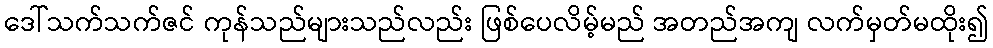
ဒေါ်သက်သက်ဇင် ကုန်သည်များသည်လည်း ဖြစ်ပေလိမ့်မည် အတည်အကျ လက်မှတ်မထိုး၍